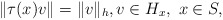
\begin{align*} \|\tau(x)v\|=\|v\|_h,v\in H_x,\ x\in S, \end{align*}